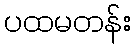
ပထမတန်း